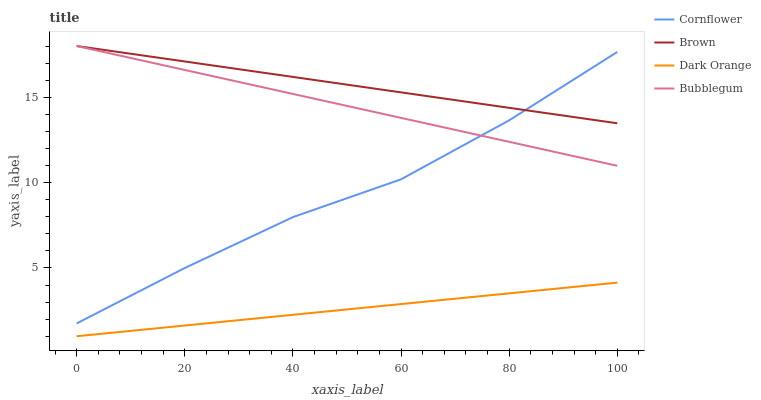
| xaxis_label | Cornflower | Brown | Dark Orange | Bubblegum |
 | --- | --- | --- | --- | --- |
 | 0 | 1.75 | 18 | 1 | 18 |
 | 20 | 5 | 17.1 | 1.63 | 16.6 |
 | 40 | 7.98 | 16.2 | 2.26 | 15.2 |
 | 60 | 10.2 | 15.3 | 2.88 | 13.8 |
 | 80 | 13.6 | 14.4 | 3.51 | 12.4 |
 | 100 | 17.7 | 13.5 | 4.14 | 11 |